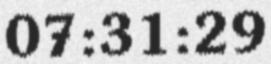
07:31:29